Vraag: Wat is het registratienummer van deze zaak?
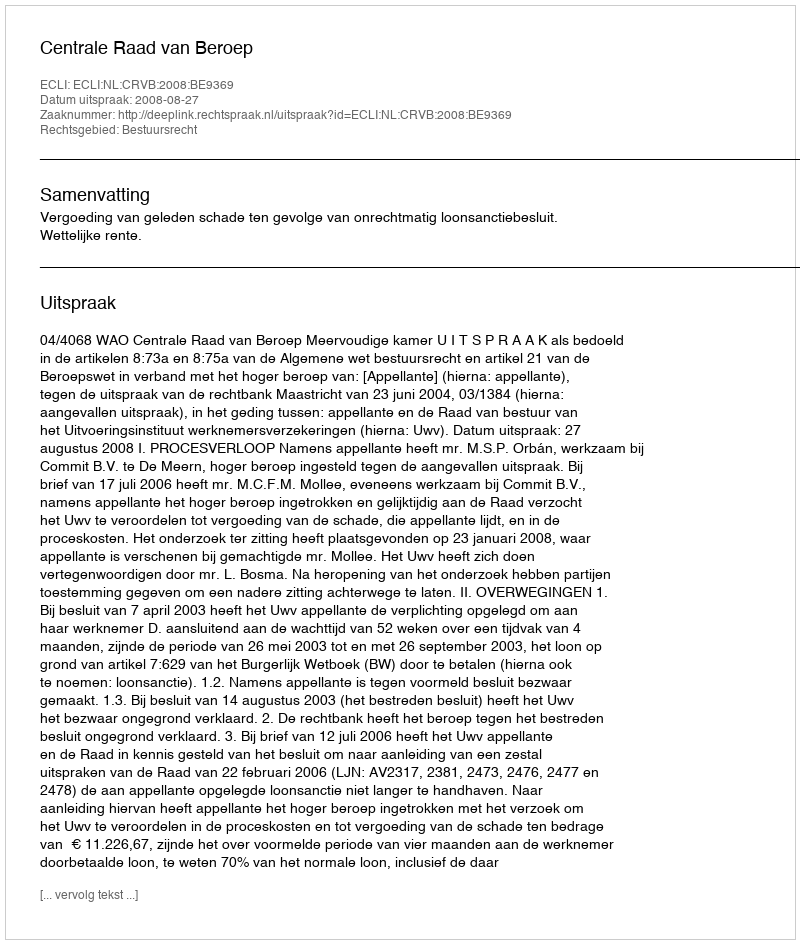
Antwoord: http://deeplink.rechtspraak.nl/uitspraak?id=ECLI:NL:CRVB:2008:BE9369